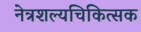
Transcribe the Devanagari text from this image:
नेत्रशल्यचिकित्सक